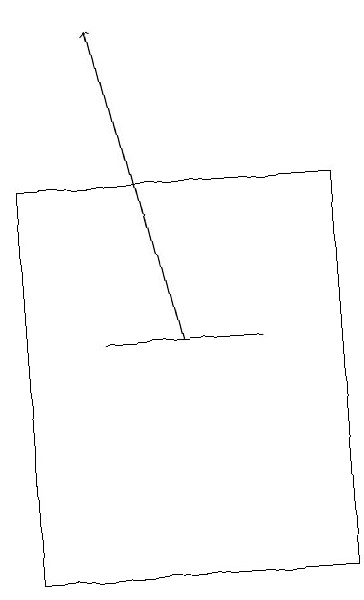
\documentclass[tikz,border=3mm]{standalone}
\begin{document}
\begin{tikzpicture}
\draw[->] (6,15) -- (5,19);
\draw (7,15) rectangle (5,15);
\draw (8,12) rectangle (4,17);
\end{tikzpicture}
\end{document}